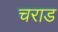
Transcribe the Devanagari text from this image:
चराड